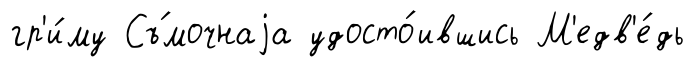
гр'и́му Съ́мочнаjа удосто́ившись М'едв'е́дь